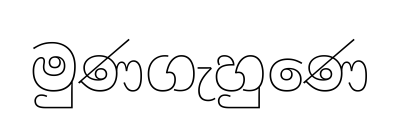
මුණගැහුණෙ